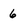
Character: 6